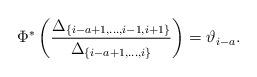
LaTeX: \begin{align*}\Phi^*\left(\frac{\Delta_{\{i-a+1,\dots, i-1,i+1\}}}{\Delta_{\{i-a+1,\dots, i\}}}\right)=\vartheta_{i-a}.\end{align*}